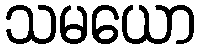
သမယော